Indian journal of veterinary science and animal husbandry - Volumes 15-17, 1948-1951
Year: 1948
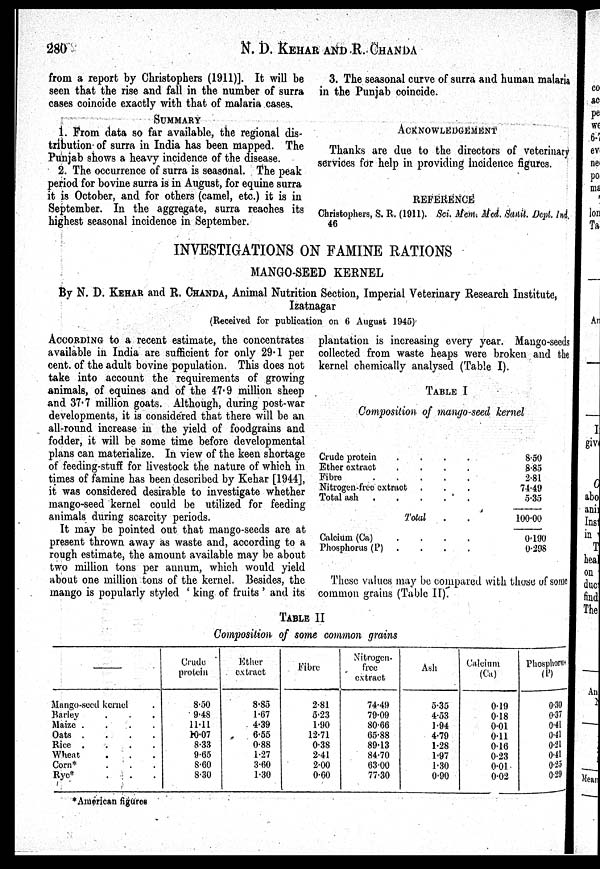
280
N. D. KEHAR AND R. CHANDA
from a report by Christophers (1911)]. It will be
seen that the rise and fall in the number of surra
cases coincide exactly with that of malaria cases.
SUMMARY
1. From data so far available, the regional dis-
tribution; of surra in India has been mapped. The
Punjab shows a heavy incidence of the disease.
2. The occurrence of surra is seasonal. The peak
period for bovine surra is in August, for equine surra
it is October, and for others (camel, etc.) it is in
September. In the aggregate, surra reaches its
highest seasonal incidence in September.
3. The seasonal curve of surra and human malaria
in the Punjab coincide.
ACKNOWLEDGEMENT
Thanks are due to the directors of veterinary
services for help in providing incidence figures.
REFERENCE
Christophers, S. R. (1911). Sci. Mem. Med. Sanit. Dept. Ind.
46
INVESTIGATIONS ON FAMINE RATIONS
MANGO-SEED KERNEL
By N. D. KEHAR and R. CHANDA, Animal Nutrition Section, Imperial Veterinary Research Institute,
Izatnagar
(Received for publication on 6 August 1945)
ACCORDING to a recent estimate, the concentrates
available in India are sufficient for only 29.1 per
cent. of the adult bovine population. This does not
take into account the requirements of growing
animals, of equines and of the 47.9 million sheep
and 37.7 million goats. Although, during post-war
developments, it is considered that there will be an
all-round increase in the yield of foodgrains and
fodder, it will be some time before developmental
plans can materialize. In view of the keen shortage
of feeding-stuff for livestock the nature of which in
times of famine has been described by Kehar [1944],
it was considered desirable to investigate whether
mango-seed kernel could be utilized for feeding
animals during scarcity periods.
It may be pointed out that mango-seeds are at
present thrown away as waste and, according to a
rough estimate, the amount available may be about
two million tons per annum, which would yield
about one million tons of the kernel. Besides, the
mango is popularly styled ' king of fruits ' and its
plantation is increasing every year. Mango-seeds
collected from waste heaps were broken and the
kernel chemically analysed (Table I).
TABLE I
Composition of mango-seed kernel
Crude protein
....
Ether extract
....
Fibre
Nitrogen-free extract . . .
Total ash .
.
.
.
Total . .
Calcium (Ca)
....
Phosphorus (P)
.
.
.
8.50
8.85
2.81
74.49
5.35
100.00
0.190
0.298
These values may be compared with those of some
common grains (Table II).
TABLE II
Composition of some common grains
——
Mango-seed kernel .
Barley . . .
Maize . . . .
Oats .
.
.
.
Rice .
.
.
.
Wheat . . .
Corn* . . .
Rye* . . .
Crude
protein
8.30
9.48
11.11
10.07
8.33
9.65
8.60
8.30
Ether
extract
8.85
1.67
4.39
6.55
0.88
1.27
3.60
1.30
Fibre
2.81
5.23
1.90
12.71
0.38
2.41
2.00
0.60
Nitrogen-
free
extract
74.49
79.09
80.66
65.88
89.13
84.70
63.00
77.30
Ash
5.35
4.53
1.94
4.79
1.28
1.97
1.30
0.90
Calcium
(Ca)
0.19
0.18
0.01
0.11
0.16
0.23
0.01
0.02
Phosphorus
(P)
0.30
0.37
0.41
0.41
0.21
0.41
0.25
0.29
*American figures